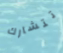
تتشارك